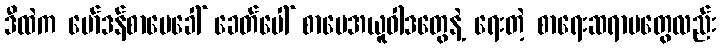
ဒီထဲက မော်ဒန်စာပေခေါ် ခေတ်ပေါ် စာပေအယူဝါဒတွေနဲ့ ရေးတဲ့ စာရေးဆရာမတွေလည်း